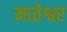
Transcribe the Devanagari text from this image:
मातेश्वर